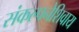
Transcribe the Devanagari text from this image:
संकल्पनेशिवाय